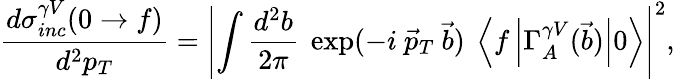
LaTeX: \frac{d\sigma_{inc}^{\gamma V}(0\to f)}{d^{2}p_{T}}=\left|\int\frac{d^{2}b}{2\pi}\ \exp(-i\ \vec{p}_{T}\ \vec{b})\ \left\langle f\left|\Gamma_{A}^{\gamma V}(\vec{b})\right|0\right\rangle\right|^{2},